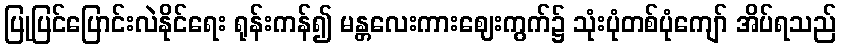
ပြုပြင်ပြောင်းလဲနိုင်ရေး ရုန်းကန်၍ မန္တလေးကားဈေးကွက်၌ သုံးပုံတစ်ပုံကျော် အိပ်ရသည်